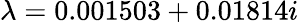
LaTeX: \lambda=0.001503+0.01814i